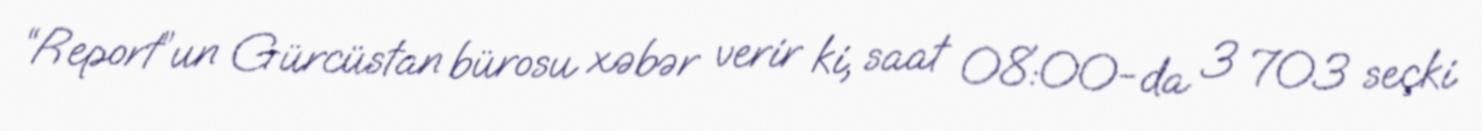
“Report”un Gürcüstan bürosu xəbər verir ki, saat 08:00-da 3 703 seçki